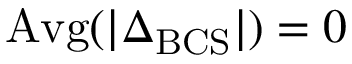
\mathrm { A v g } ( | \Delta _ { \mathrm { B C S } } | ) = 0